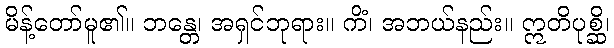
မိန့်တော်မူ၏။ ဘန္တေ၊ အရှင်ဘုရား။ ကိံ၊ အဘယ်နည်း။ ဣတိပုစ္ဆိ၊